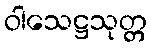
ဝါသေဋ္ဌသုတ္တ